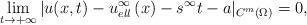
LaTeX: \begin{align*} \lim\limits_{t \rightarrow +\infty} |u ( {x,t} )- u_{ell}^\infty \left( x \right) - s^\infty t -a |_{C^m(\Omega)} =0,\end{align*}